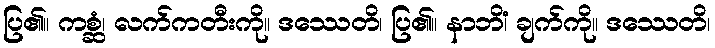
ပြ၏။ ကစ္ဆံ၊ လက်ကတီးကို။ ဒဿေတိ၊ ပြ၏။ နာဘိံ၊ ချက်ကို။ ဒဿေတိ၊